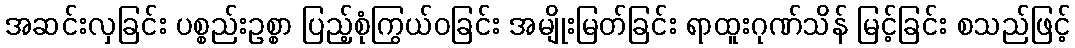
အဆင်းလှခြင်း ပစ္စည်းဥစ္စာ ပြည့်စုံကြွယ်ဝခြင်း အမျိုးမြတ်ခြင်း ရာထူးဂုဏ်သိန် မြင့်ခြင်း စသည်ဖြင့်